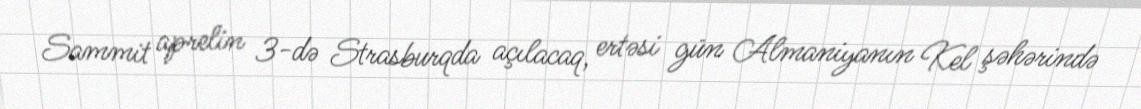
Sammit aprelin 3-də Strasburqda açılacaq, ertəsi gün Almaniyanın Kel şəhərində